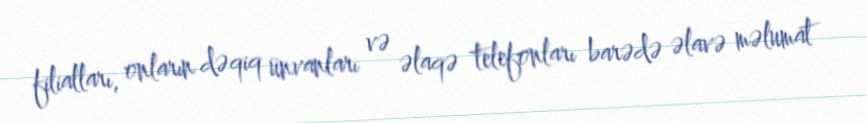
filialları, onların dəqiq ünvanları və əlaqə telefonları barədə əlavə məlumat